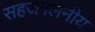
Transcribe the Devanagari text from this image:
सहजगलनीय